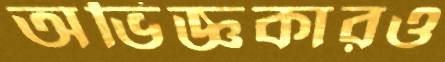
অভিজ্ঞকারও